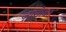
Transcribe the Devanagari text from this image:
ज्यूंसोबत